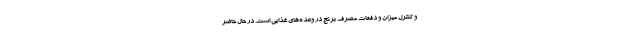
و کنترل میزان و دفعات مصرف برنج در وعده‌های غذایی است. در حال حاضر